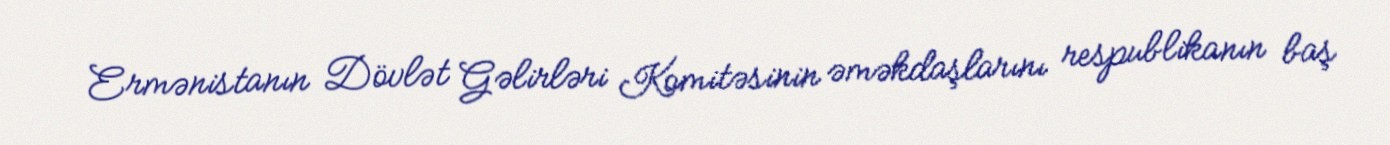
Ermənistanın Dövlət Gəlirləri Komitəsinin əməkdaşlarını respublikanın baş